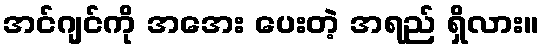
အင်ဂျင်ကို အအေး ပေးတဲ့ အရည် ရှိလား။